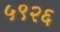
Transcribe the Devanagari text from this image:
५९२६